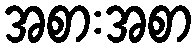
အစားအစာ